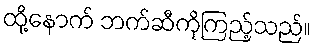
ထို့နောက် ဘက်ဆီကိုကြည့်သည်။